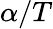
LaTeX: \alpha/T